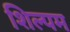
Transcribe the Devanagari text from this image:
शिल्पम